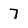
Character: 7